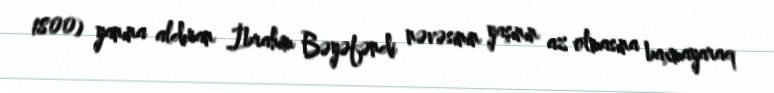
1800) yanına aldıran İbrahim Bəyəfəndi nəvəsinin yaşının az olmasına baxmayaraq